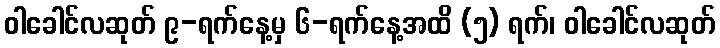
ဝါခေါင်လဆုတ် ၉-ရက်နေ့မှ ၆-ရက်နေ့အထိ (၅) ရက်၊ ဝါခေါင်လဆုတ်